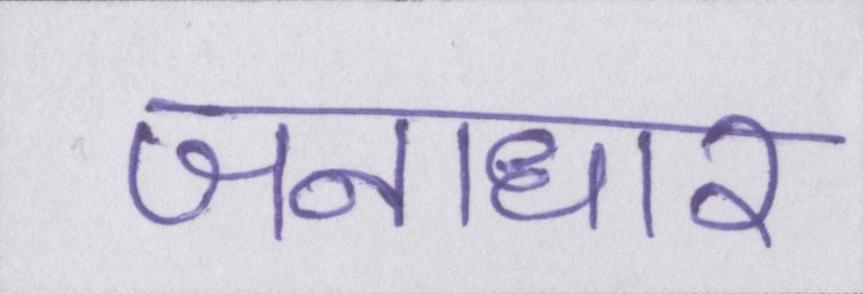
जनाधार